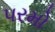
પરમો